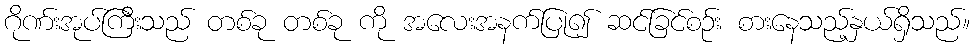
ဂိုဏ်းအုပ်ကြီးသည် တစ်ခု တစ်ခု ကို အလေးအနက်ပြု၍ ဆင်ခြင်စဉ်း စားနေသည့်နှယ်ရှိသည်။